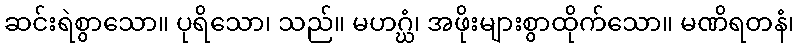
ဆင်းရဲစွာသော။ ပုရိသော၊ သည်။ မဟဂ္ဃံ၊ အဖိုးများစွာထိုက်သော။ မဏိရတနံ၊